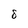
Character: 8